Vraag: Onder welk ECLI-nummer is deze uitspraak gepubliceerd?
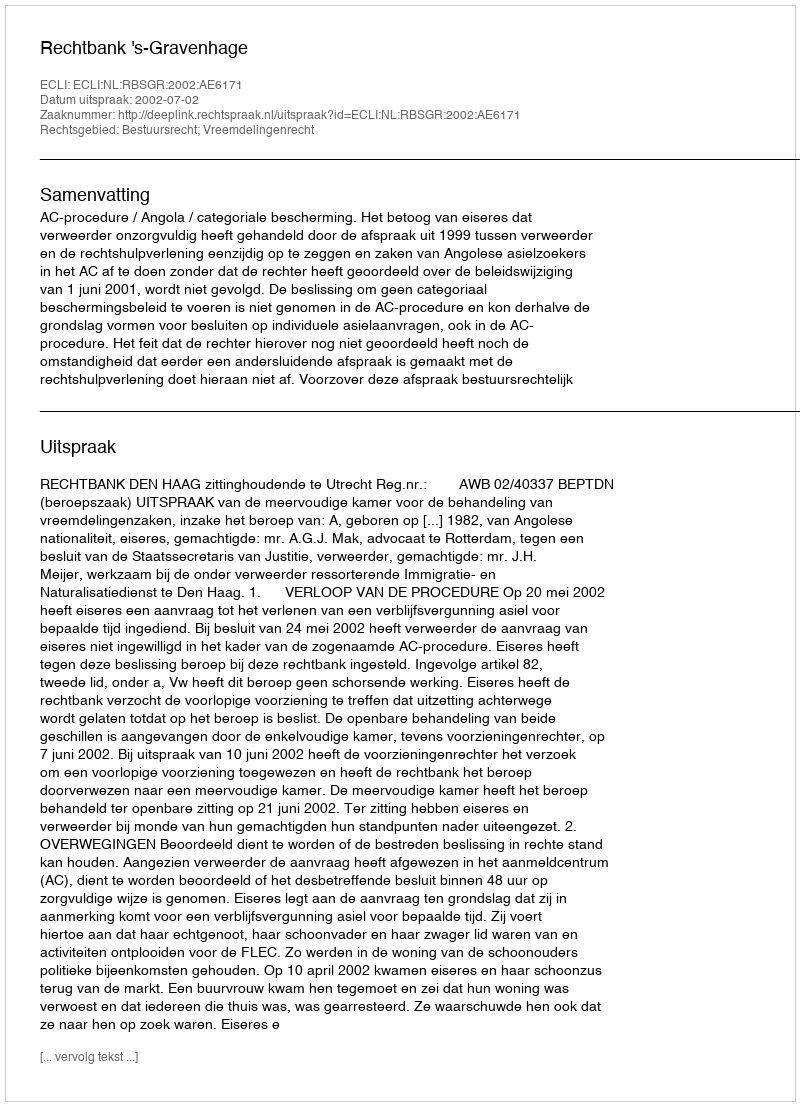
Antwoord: ECLI:NL:RBSGR:2002:AE6171